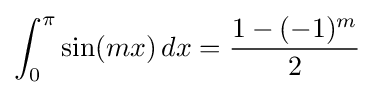
\int _{0}^{\pi }\sin(mx)\,dx={\frac {1-(-1)^{m}}{2}}